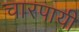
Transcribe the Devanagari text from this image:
चारपायी